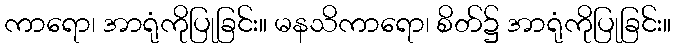
ကာရော၊ အာရုံကိုပြုခြင်း။ မနသိကာရော၊ စိတ်၌ အာရုံကိုပြုခြင်း။